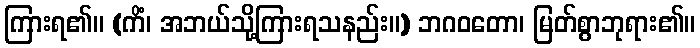
ကြားရ၏။ (ကိံ၊ အဘယ်သို့ကြားရသနည်း။) ဘဂဝတော၊ မြတ်စွာဘုရား၏။